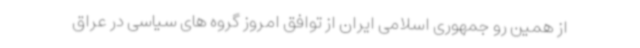
از همین رو جمهوری اسلامی ایران از توافق امروز گروه های سیاسی در عراق